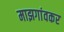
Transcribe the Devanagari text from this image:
माझगांवकर